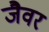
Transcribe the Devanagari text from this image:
जैवर